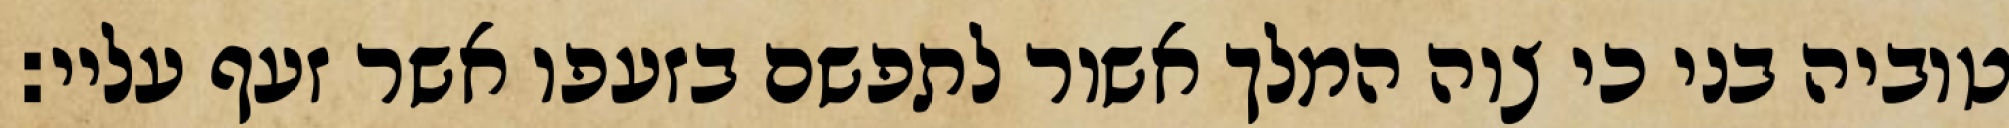
טוביה בני כי צוה המלך אשור לתפשם בזעפו אשר זעף עליי: